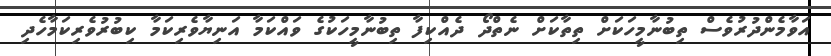
އަވާމެންދުރުވެސް ތިބުނާމީހަކަށް ތިތާކަށް ނެތްދޯ ދެއްކިފާ ތިބުނާމީހަކުގެ ވައްކަމާ އަނިޔާވެރިކަމާ ކިބުރުވެރިކަމާހެދި